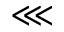
\lll